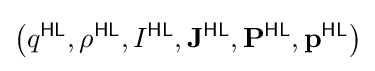
\left(q^{\textsf {HL}},\rho ^{\textsf {HL}},I^{\textsf {HL}},\mathbf {J} ^{\textsf {HL}},\mathbf {P} ^{\textsf {HL}},\mathbf {p} ^{\textsf {HL}}\right)